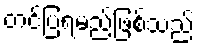
တင်ပြရမည်ဖြစ်သည်